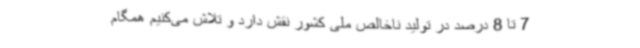
7 تا 8 درصد در تولید ناخالص ملی کشور نقش دارد و تلاش می‌کنیم همگام